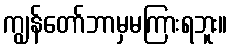
ကျွန်တော်ဘာမှမကြားရဘူး။